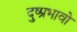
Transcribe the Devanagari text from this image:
दुष्प्रभावो